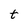
Character: t